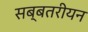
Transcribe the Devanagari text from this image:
सब्बतरीयन